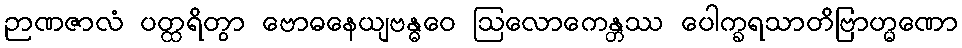
ဉာဏဇာလံ ပတ္ထရိတွာ ဗောဓနေယျဗန္ဓဝေ ဩလောကေန္တဿ ပေါက္ခရသာတိဗြာဟ္မဏော